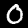
Label: 0